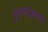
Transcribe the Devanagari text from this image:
पुरानेउत्पाद